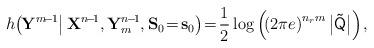
LaTeX: \begin{align*}\mspace{-3mu} h \mspace{-3mu} \left(\! {\left. {{{\bf{Y}}^{m\! -\! 1}}} \right|{{\bf{X}}^{n\! -\! 1}},{\bf{Y}}_m^{n\! -\! 1},{{\bf{S}}_0}\! =\! {{\bf{s}}_0}} \right)\! =\!\frac{1}{2}\log\left(\!\left(2 \pi e\right)^{n_r m} \big|\mathsf{\tilde Q} \big|\right) \mspace{-2mu},\end{align*}